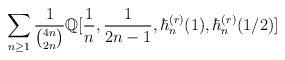
LaTeX: \begin{align*}\sum_{n\geq 1} \frac{1}{\binom{4n}{2n}} \mathbb{Q}[\frac{1}{n},\frac{1}{2n-1}, \hbar_n^{(r)}(1), \hbar_n^{(r)}(1/2)]\end{align*}